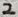
Text: 2